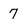
Character: 7